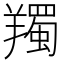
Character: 𦏕